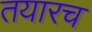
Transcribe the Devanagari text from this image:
तयारच